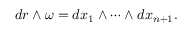
d r \wedge \omega = d x _ { 1 } \wedge \cdots \wedge d x _ { n + 1 } .